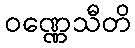
ဝဏ္ဏေသီတိ